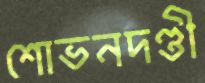
শোভনদণ্ডী